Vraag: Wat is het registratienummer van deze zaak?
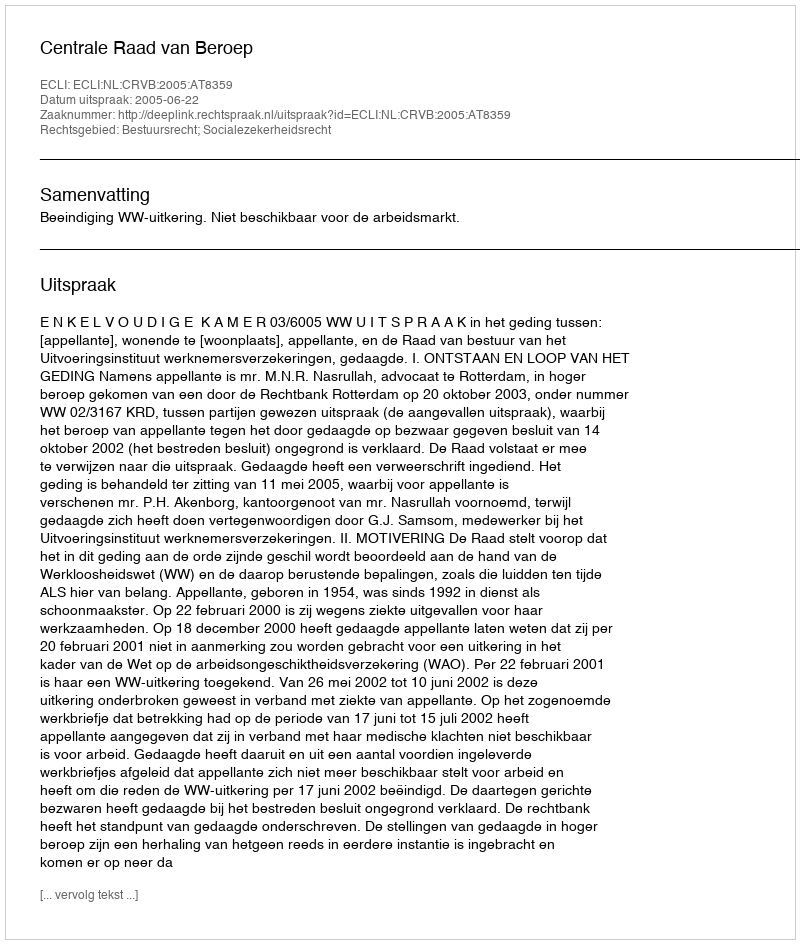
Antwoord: http://deeplink.rechtspraak.nl/uitspraak?id=ECLI:NL:CRVB:2005:AT8359